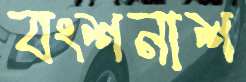
বংশনাশ